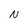
Character: N